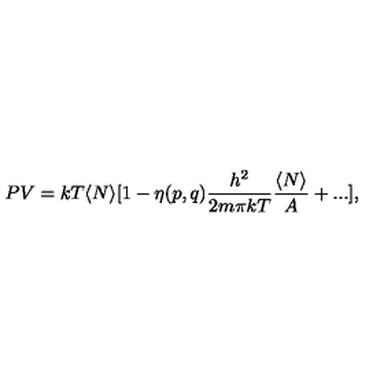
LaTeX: P V = k T \langle N \rangle [ 1 - \eta ( p , q ) { \frac { h ^ { 2 } } { 2 m \pi k T } } { \frac { \langle N \rangle } { A } } + . . . ] ,